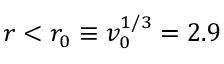
r < r _ { 0 } \equiv v _ { 0 } ^ { 1 / 3 } = 2 . 9